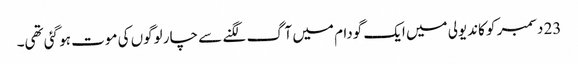
23 دسمبر کو کاندیولی میں ایک گودام میں آگ لگنے سے چار لوگوں کی موت ہو گئی تھی۔